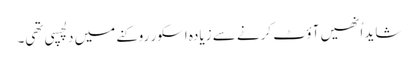
شاید اُنھیں آؤٹ کرنے سے زیادہ اسکور روکنے میں دلچسپی تھی۔